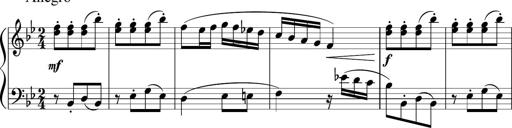
Title: 12 Keyboard Sonatinas
Composer: James Hook